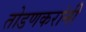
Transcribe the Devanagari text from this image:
तोडणकरांनी